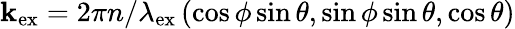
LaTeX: \mathbf{k}_{\mathrm{ex}}=2\pi n/\lambda_{\mathrm{ex}}\left(\cos\phi\sin\theta,\sin\phi\sin\theta,\cos\theta\right)